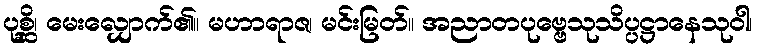
ပုစ္ဆိ၊ မေးလျှောက်၏။ မဟာရာဇ၊ မင်းမြတ်။ အညာတပုဗ္ဗေသုသိပ္ပဋ္ဌာနေသုဝါ၊